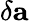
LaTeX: \delta\mathbf a